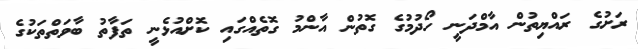
ރަށުގެ ރައްޔިތުން އާމްދަނީ ހޯދުމުގެ ގޮތުން އާންމު ގޮތެއްގައި ކޮށްއުޅެނީ ތަފާތު ބާވަތްތަކުގެ